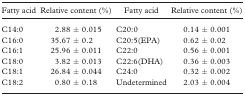
<table><thead><tr><td><b>Fatty acid</b></td><td><b>Relative content (%)</b></td><td><b>Fatty acid</b></td><td><b>Relative content (%)</b></td></tr></thead><tbody><tr><td>C14:0</td><td>2.88 ± 0.015</td><td>C20:0</td><td>0.14 ± 0.001</td></tr><tr><td>C16:0</td><td>35.67 ± 0.2</td><td>C20:5(EPA)</td><td>0.62 ± 0.02</td></tr><tr><td>C16:1</td><td>25.96 ± 0.011</td><td>C22:0</td><td>0.56 ± 0.001</td></tr><tr><td>C18:0</td><td>3.82 ± 0.013</td><td>C22:6(DHA)</td><td>0.36 ± 0.003</td></tr><tr><td>C18:1</td><td>26.84 ± 0.044</td><td>C24:0</td><td>0.32 ± 0.002</td></tr><tr><td>C18:2</td><td>0.80 ± 0.18</td><td>Undetermined</td><td>2.03 ± 0.004</td></tr></tbody></table>